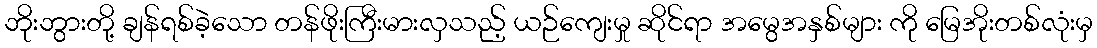
ဘိုးဘွားတို့ ချန်ရစ်ခဲ့သော တန်ဖိုးကြီးမားလှသည့် ယဉ်ကျေးမှု ဆိုင်ရာ အမွေအနှစ်များ ကို မြေအိုးတစ်လုံးမှ